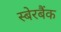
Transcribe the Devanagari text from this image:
स्बेरबैंक